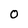
Character: o